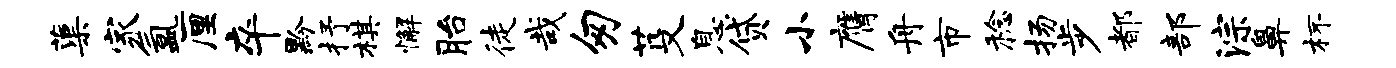
蕖家氲厘卒黔抒棋懈胎徒哉匆芟息贷小膺舟市稔扬步都部淙鼻杯